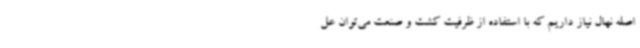
اصله نهال نیاز داریم که با استفاده از ظرفیت کشت و صنعت می‌توان عل